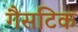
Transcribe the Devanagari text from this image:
गैसटिक